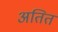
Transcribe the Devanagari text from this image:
अतित